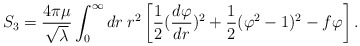
\begin{align*}S_3 = {{4\pi \mu} \over \sqrt\lambda} \int_0^\infty dr \> r^2 \left[ {1 \over 2} ({d\varphi \over dr})^2 + {1 \over 2} (\varphi^2-1)^2 -f \varphi \right] . \end{align*}